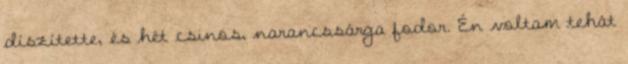
díszítette, és hét csinos, narancssárga fodor. Én voltam tehát